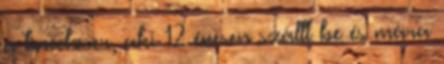
a tinédzser, aki 12 évesen szállt be és mára